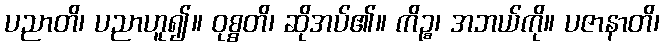
ပညာတိ၊ ပညာဟူ၍။ ဝုစ္စတိ၊ ဆိုအပ်၏။ ကိဉ္စ၊ အဘယ်ကို။ ပဇာနာတိ၊